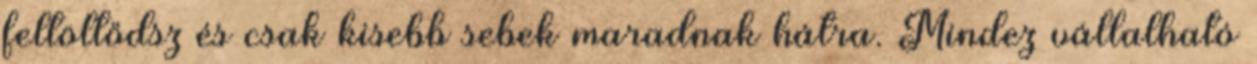
feltöltődsz és csak kisebb sebek maradnak hátra. Mindez vállalható